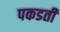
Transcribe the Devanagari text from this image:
पकडती